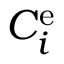
C _ { i } ^ { \mathrm { { e } } }